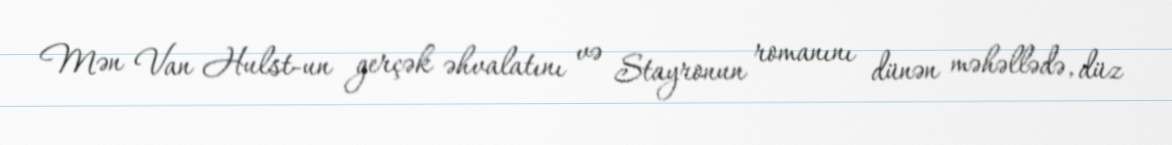
Mən Van Hulst-un gerçək əhvalatını və Stayronun romanını dünən məhəllədə, düz